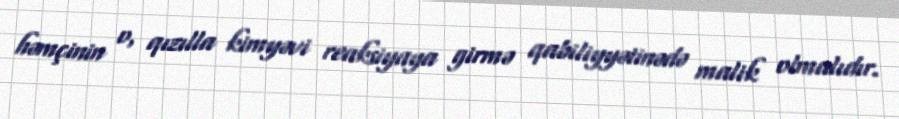
həmçinin o, qızılla kimyəvi reaksiyaya girmə qabiliyyətinədə malik olmalıdır.